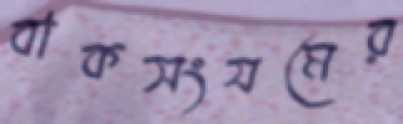
বাকসংযমের